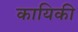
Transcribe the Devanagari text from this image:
कायिकी